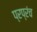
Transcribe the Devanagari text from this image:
प्रप्रंच